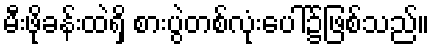
မီးဖိုခန်းထဲရှိ စားပွဲတစ်လုံးပေါ်၌ဖြစ်သည်။